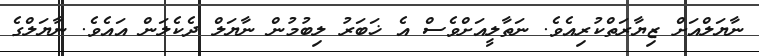
ނާޔަލްއަށް ޒިޔާރަތްކުރިއެވެ. ނަތާލީއަށްވެސް އެ ޚަބަރު ލިބުމުން ނާޔަލް ދެކެލަން އައެވެ. ނާޔަލްގެ